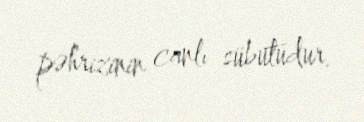
pəhrizinin canlı sübutudur.